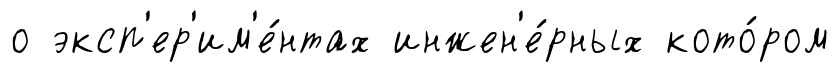
о эксп'ер'им'е́нтах инжен'е́рных кото́ром